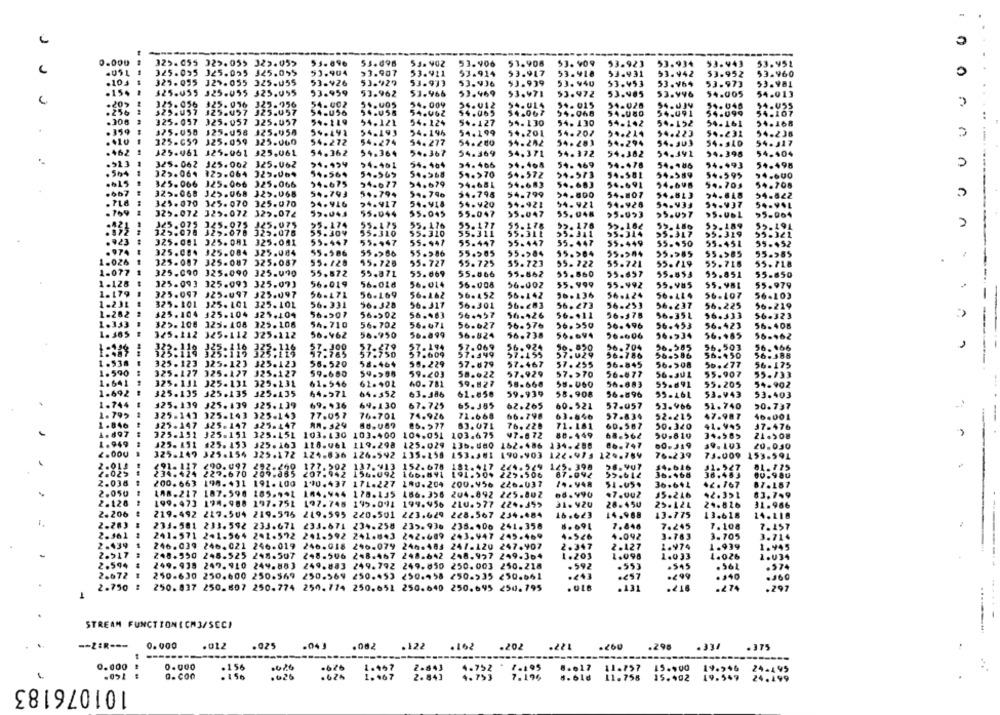
J
------
325.055 325.055 323.055
53.698
53.906
53. 90 9
53.923
53.934
53.943
53.952
325.095 125.055 325.095
51.904
>3.907
53.911
93.914
53.418
53.931
53.942
53.960
53.952
.103
325.095 329.055 325.055
53.426
53.927
53.933
53.936
53.939
53. 940
53.453
53.964
53.973
53.981
.154
325.055 325.055 325.055
93.959
53.962
53.966
53.469
53.971
53.972
53.985
54.005
54.013
53.996
325.056
425. 016 323.756
54.002
54. 009
34.012
54.014
54.015
54.028
54.039
54.048
54.055
.25₺
$29.U57
323.057 325.057
54-056
54.058
54.062
54.065
$4.067
54.091
54.099
54-107
.308
325.057 325.057 325.057
54-119
54.121
54.124
54.127
54.130
54. 130
54-142
54-152
54-161
54.168
.359
325.058
125.058 325.058
54.193
54.196
54.199
54.201
54.202
54.214
54.223
54.232
94-238
325.657
J25.059 325.060
54.272
54.274
54.277
54.200
$4.242
54.303
54. 140
54.317
.462
325.461 125.061 325.061
54.362
54.364
54.367
54.369
54.371
54.372
54.382
54.491
94.398
54.404
.513
325.062 125.002 325.062
54.461
54. 464
94.466
54. 169
54.478
54.486
94.993
54.498
. 564
--
325.064
125.064 325.064
54.569
54.569
54.568
5 .. >70
54.572
54.573
94.581
54.589
94.600
325.066 325.066 325.066
54-675
94-677
54.679
54.684
94.683
54.691
94.698
54.708
94.708
.6b7
325.068 325.068 325.068
54.793
54.794
54.796
94.796
54.799
54.807
94.818
54.622
54.800
54.813
323.070 325.070 325.070
54.916
24.917
54.918
54.920
54.921
54.921
54.928
54.933
54.937
54-VOL
. 754
325.072 325.072 325.072
55.044
55.045
55.047
55.047
55. 048
>5.993
55.057
325.075 J25.075
95.174
55.175
55. 176
95.177
55.178
95. 176
55.162
55-189
55.491
n
325.078 329.078 325.076
55.309
55.310
55.310
55.311
55.311
55-341
95.314
95.317
55.319
55.321
.923
325.081 325.081 325.041
55.447
55.447
55.947
55.447
95.447
55. 447
55.449
55-450
55-451
55-$52
.974
55.505
325.004 325.084 325.084
55.586
55.>66
55.586
55.584
95.904
95.304
95.985
55.585
55.985
-
1.026
325.007 325.087 325.087
55.728
55.725
55.727
55.725
59.723
55-722
55.721
55.719
55.718
55.718
1.077
55.872
55.069
55.066
55.862
55.860
55.851
325.090 325.090 325.090
55.871
55.697
55.853
55-650
1.128
325.093 325.093 325.07]
56.019
56.028
56.014
56.008
56.002
55.999
55.492
55.985
55.979
1.179
325.097 325.097 325.097
56.471
56.169
56.162
56.452
56.142
56.136
56.424
56.107
36.103
-
1.231
325.101
J25. 101 325.101
56.331
56.328
56.317
56.301
56. 273
56.253
56.237
56.225
56-219
1-262
125.104
325.104 325.104
56.507
56.502
56.463
56.457
56.426
56-411
96-375
56-351
56.333
56.323
1.333
325.108 325.408 325.106
5h.710
56.702
56.071
56.627
56.576
56.196
56.453
56.423
56.408
1. 365
325.112 325.112 325.112
56.462
56.950
56.899
56.824
56.738
96-606
96.534
56.+65
56-462
116
21.300
57. 194
57.069
56.924
96. 820
56.704
96.585
56.503
56.166
325.119 325.119
97.785
57.750
57.609
57.549
57.455
57.029
56.786
56.586
56.450
56-388
1.538
325. 123
325.123 325.123
56.520
58.464
59.229
57.879
97.467
57.255
56.845
56.508
56.277
56.175
1.590
:
325.127
325.127 325.127
59.680
55.907
59.203
58.622
57.929
57.>70
56-677
56.301
55.133
1.641
325.131 325.131 329.232
61.546
62.402
40. 781
59.827
58-668
58.060
56.883
55.691
59.205
54.902
1.692
325.135 325.135 325.135
64-571
64-352
63.386
61.858
59.939
58.908
56.696
95-46L
53.943
53.403
1.744
125.139 325.139
325.139
69.936
64.130
67.725
65.365
62.265
60.521
57.057
53.966
51.740
50.737
1. 795
325.143 325.143 325-143
77.057
76-701
74.926
71.668
66.798
63.646
97.834
52.215
47.987
16.001
1.846
325-147
325-147 325-447
An- 329
85.577
83.071
76.220
71.181
60.587
50.320
41.945
37.476
1.897
325-191 325-151 325.151
103.130 103.400
104.051
103.675
V7.6 72
80-449
50.810
34.509
1.949
125. 151 25. 153 325.163
118.061 119.298
125.029 135.480
162.486
134.288
86. 747
60.319
39.103
20.030
325-147
325.154 325.172
124-636 126-592
135-258 153.381
190-903
122.975
12 .. 764
76-239
73.009 153-591
2.014
291. 127
182.417
224.529
125. 398
₡90.097 292.250
177.502 137.913
152.678
14.616
2.02>
234.424
227.670 209.865
207.942 156.092
166.841
191.50%
225.506
87.092
36.966
38.483
2.038
200.663
190.431 191. 100 190.437 171.227
1.0.204
200.456
226-037
36.641
.2. 767
87.167
2.050
LA8.217
187.590 185.941 104.944 178.135 186.358 204.892 225.802
.7.Uu2
15.246
42.351
63. 7.9
2.128
199.473 174.988 197.751 197.745 195.091
199.956 210.577 224.359
28.450
25.124
29.826
11.966
2.206
219.492 217.504 219.596 219.595 220.501 223.629 228.567 234.484
14.968
13.775
13.618
24.118
2.283
233.581 233.592 233.671
233.671 234.258 235.936
238-406 241.358
7.846
7.245
7. 108
7.157
2.361
241.571 241.964 291.592
241-592 241.843
242-489 243.447 245-469
4.546
4.042
3-763
3.705
3.714
2.439
246.039 246.021 246.019 246.018 246.079 246.483 247.120 247.907
2.347
2.127
1.974
1.939
1.445
2.917
240.990 248.525 248.507 248.506 248.467
248.842
248.957 249-364
1.203
1.098
1.033
1.026
1.U34
2.594
249.938
249.910 249.883 249.883 249.792 249.850 250.003 250.218
.592
.993
.545
. 56L
.574
2.672
250-630 250.600 250-569 250.569 250.453 250.458 250-935 250.661
.< 37
.249
.140
.460
2.750
. ULB
.131
.218
.274
.297
250.837 250.607 250.774 250. 774 250.651 250.640 250.695 250.795
....
STREAM FUNCTIONICH3/SECI
-- 2ER ---
0.000
.162
.012
.025
.122
.202
.298
.334
.375
--------
0.000
.156
.626
1.167
2.843
4.752 - 1.195
8.017 11.757
15.900
19.946
24-145
---
Q. COO
. 156
.026
1.467
2. 84]
4.753
7.196
11. 758
15.492
49.549
24.199
101076183